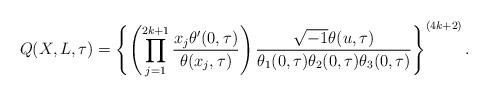
LaTeX: \begin{align*}Q(X,L,\tau)=\left\{\left(\prod_{j=1}^{2k+1}\frac{x_j\theta'(0,\tau)}{\theta(x_j,\tau)}\right)\frac{\sqrt{-1}\theta(u,\tau)}{\theta_1(0,\tau)\theta_2(0,\tau)\theta_3(0,\tau)}\right\}^{(4k+2)}.\end{align*}